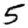
Digit: 5